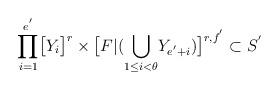
LaTeX: \begin{align*}\displaystyle{\prod_{i=1}^{e^{'}}}\big{[}Y_i\big{]}^{r}\times \big{[}F|(\displaystyle{\bigcup_{1\leq i<\theta}}Y_{e^{'}+i})\big{]}^{r,f^{'}}\subset S^{'}\end{align*}